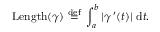
\operatorname { L e n g t h } ( \gamma ) ~ { \stackrel { \mathrm { d e f } } { = } } ~ \int _ { a } ^ { b } | \gamma \, ^ { \prime } ( t ) | ~ \mathrm { d } { t } .